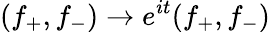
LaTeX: (f_{+},f_{-})\to e^{it}(f_{+},f_{-})